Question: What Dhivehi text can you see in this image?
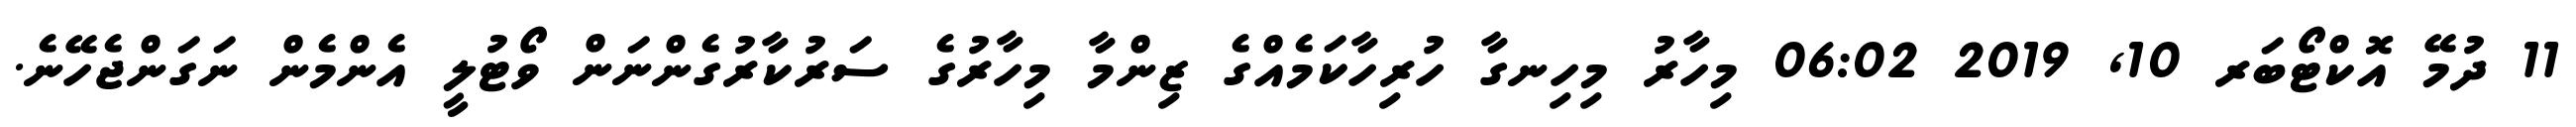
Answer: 11 ދުމޭ އޮކްޓޯބަރ 10, 2019 06:02 މިހާރު މިހިނގާ ހުރިހާކަމެއްގެ ޒިންމާ މިހާރުގެ ސަރުކާރުގެންނަން ވޯޓުލީ އެންމެން ނަގަންޖެހޭނެ.